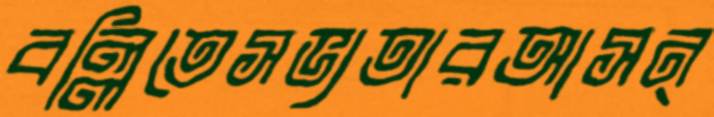
বল্লিতেসভ্যতারআসন্